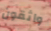
واثقون